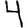
Digit: 4